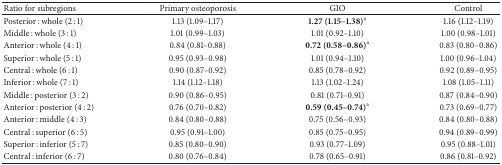
<table><thead><tr><td><b>Ratio for subregions</b></td><td><b>Primary osteoporosis</b></td><td><b>GIO</b></td><td><b>Control</b></td></tr></thead><tbody><tr><td>Posterior : whole (2 : 1)</td><td>1.13 (1.09–1.17)</td><td><b>1.27 (1.15–1.38)</b><sup>a</sup></td><td>1.16 (1.12–1.19)</td></tr><tr><td>Middle : whole (3 : 1)</td><td>1.01 (0.99–1.03)</td><td>1.01 (0.92–1.10)</td><td>1.00 (0.98–1.01)</td></tr><tr><td>Anterior : whole (4 : 1)</td><td>0.84 (0.81–0.88)</td><td><b>0.72 (0.58–0.86)</b><sup>a</sup></td><td>0.83 (0.80–0.86)</td></tr><tr><td>Superior : whole (5 : 1)</td><td>0.95 (0.93–0.98)</td><td>1.01 (0.94–1.10)</td><td>1.00 (0.96–1.04)</td></tr><tr><td>Central : whole (6 : 1)</td><td>0.90 (0.87–0.92)</td><td>0.85 (0.78–0.92)</td><td>0.92 (0.89–0.95)</td></tr><tr><td>Inferior : whole (7 : 1)</td><td>1.14 (1.12–1.18)</td><td>1.13 (1.02–1.24)</td><td>1.08 (1.05–1.11)</td></tr><tr><td>Middle : posterior (3 : 2)</td><td>0.90 (0.86–0.95)</td><td>0.81 (0.71–0.91)</td><td>0.87 (0.84–0.90)</td></tr><tr><td>Anterior : posterior (4 : 2)</td><td>0.76 (0.70–0.82)</td><td><b>0.59 (0.45–0.74)</b><sup>a</sup></td><td>0.73 (0.69–0.77)</td></tr><tr><td>Anterior : middle (4 : 3)</td><td>0.84 (0.80–0.88)</td><td>0.75 (0.56–0.93)</td><td>0.84 (0.80–0.88)</td></tr><tr><td>Central : superior (6 : 5)</td><td>0.95 (0.91–1.00)</td><td>0.85 (0.75–0.95)</td><td>0.94 (0.89–0.99)</td></tr><tr><td>Superior : inferior (5 : 7)</td><td>0.85 (0.80–0.90)</td><td>0.93 (0.77–1.09)</td><td>0.95 (0.88–1.01)</td></tr><tr><td>Central : inferior (6 : 7)</td><td>0.80 (0.76–0.84)</td><td>0.78 (0.65–0.91)</td><td>0.86 (0.81–0.92)</td></tr></tbody></table>